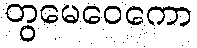
တွမေဝေကော